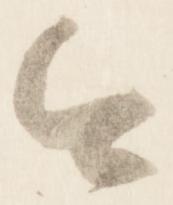
今